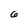
Character: 6